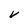
Character: v